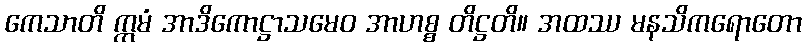
ကေသာတိ ဣမံ အာဒိကောဋ္ဌာသမေဝ အာဟစ္စ တိဋ္ဌတိ။ အထဿ မနသိကရောတော